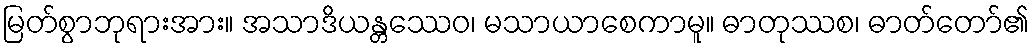
မြတ်စွာဘုရားအား။ အသာဒိယန္တဿေဝ၊ မသာယာစေကာမူ။ ဓာတုဿစ၊ ဓာတ်တော်၏